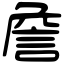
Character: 詹